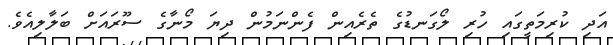
އަދި ކުރިމަތީގައި ހުރި ލޯގަނޑުގެ ތެރެއިން ފެންނަމުން ދިޔަ މޯނާގެ ސޫރައަށް ބަލާލިއެވެ.